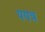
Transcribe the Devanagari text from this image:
पपत्र